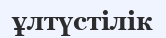
ұлтүстілік